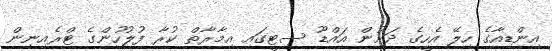
އިންޑިއާގެ ހިލޭ އެހީގެ ދަށުން އައްޑޫ ސިޓީގައި އިމާރާތް ކުރާ ފުލުހުންގެ ޓްރެއިނިން